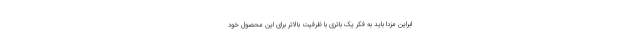
ابراین مزدا باید به فکر یک باتری با ظرفیت بالاتر برای این محصول خود